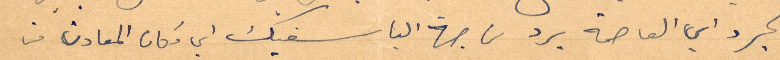
الجرد أي العاصمة برد من جهة الباسفيك أي مكان المعادن من